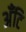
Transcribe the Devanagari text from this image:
अँटि